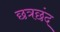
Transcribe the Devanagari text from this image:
छत्रछंद